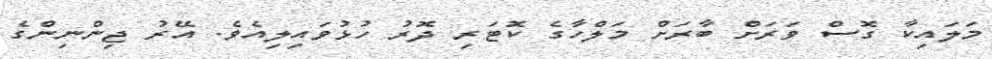
މަލައިކާ ގޮސް ވަރަށް ބާރަށް މަލްހާގެ ކޮޓަރި ދޮރު ހުޅުވައިލިއެވެ. އޭރު ޖިންނިންގެ